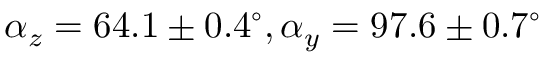
\alpha _ { z } = 6 4 . 1 \pm 0 . 4 ^ { \circ } , \alpha _ { y } = 9 7 . 6 \pm 0 . 7 ^ { \circ }